Subject: math
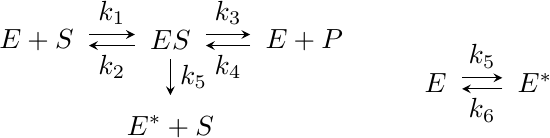
LaTeX code:
\begin{tikzpicture}[scale=1.0]
\node (Ep) at (+4.63,-0.55) {$E^*$};
\node (E) at (+3.37,-0.55) {$E$};
\node (EpS) at (-1.7,0)    {$E + S$};
\node (ES) at (0,0)    {$ES$};
\node (EpP) at (1.7,0) {$E + P$};
\node (EppS) at (0,-1.1) {$E^* + S$};

\draw[arrows={-stealth},transform canvas={yshift=2pt}, shorten <=0.2em, shorten >=0.2em] (EpS) to node[above] {$k_1$} (ES);
\draw[arrows={-stealth},transform canvas={yshift=-2pt}, shorten <=0.2em, shorten >=0.2em] (ES) to node[below] {$k_2$} (EpS);

\draw[arrows={-stealth},transform canvas={yshift=2pt}, shorten <=0.2em, shorten >=0.2em] (ES) to node[above] {$k_3$} (EpP);
\draw[arrows={-stealth},transform canvas={yshift=-2pt}, shorten <=0.2em, shorten >=0.2em] (EpP) to node[below] {$k_4$} (ES);

\draw[arrows={-stealth},transform canvas={yshift=2pt}, shorten <=0.2em, shorten >=0.2em] (E) to node[above] {$k_5$} (Ep);
\draw[arrows={-stealth},transform canvas={yshift=-2pt}, shorten <=0.2em, shorten >=0.2em] (Ep) to node[below] {$k_6$} (E);

\draw[arrows={-stealth},transform canvas={yshift=2pt}, shorten <=0.2em, shorten >=0.2em] (ES) to node[right] {$k_5$} (EppS);

\end{tikzpicture}